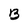
Character: B